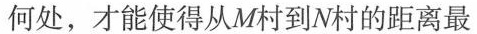
何处，才能使得从M村到N村的距离最